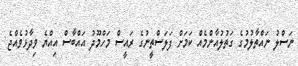
ނަސްލު ނައްތާލުމުގެ ގަތުލުއާންމެއް ކަމަށް ފަލަސްތީނުގެ ރައީސް މަހްމޫދު އައްބާސް އިއްޔެ ވިދާޅުވެއްޖެ